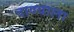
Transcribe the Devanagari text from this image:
दाण्याला